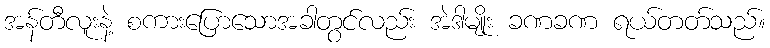
အန်တီလူးနဲ့ စကားပြောသောအခါတွင်လည်း အဲဒါမျိုး ခဏခဏ ရယ်တတ်သည်။